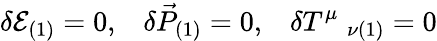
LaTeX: \delta{\cal{E}}_{(1)}=0,\; \; \; \delta\vec{{P}}_{(1)}=0,\; \; \; \delta{T}^{\mu}\; _{\nu(1)}=0